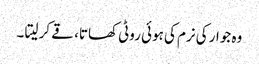
وہ جوار کی نرم کی ہوئی روٹی کھاتا، قے کر لیتا ۔